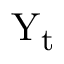
\mathrm { Y } _ { \mathrm { t } }